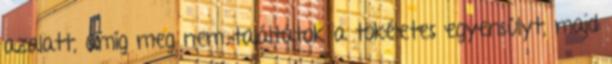
azalatt, amíg meg nem találtátok a tökéletes egyensúlyt, majd